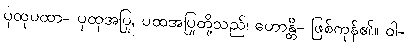
ပုထုပထာ- ပုထုအပြု, ပထအပြုတို့သည်၊ ဟောန္တိ- ဖြစ်ကုန်၏။ ဝါ-